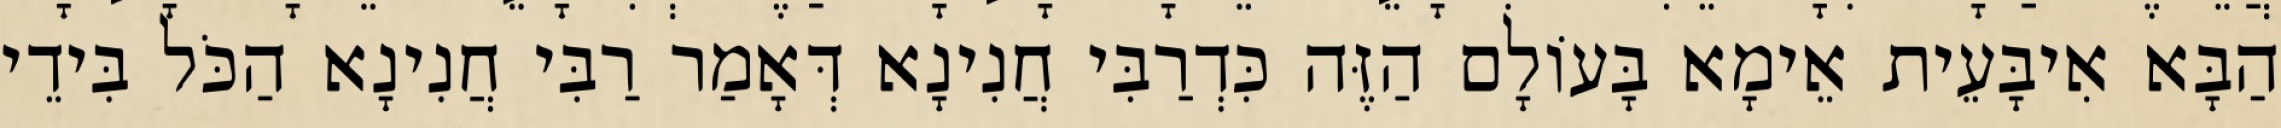
הַבָּא אִיבָּעֵית אֵימָא בָּעוֹלָם הַזֶּה כִּדְרַבִּי חֲנִינָא דְּאָמַר רַבִּי חֲנִינָא הַכֹּל בִּידֵי